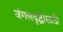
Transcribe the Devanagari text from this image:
जंगलवृद्धीसाठी